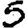
Digit: 5